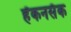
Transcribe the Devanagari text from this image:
हॅकनसॅक